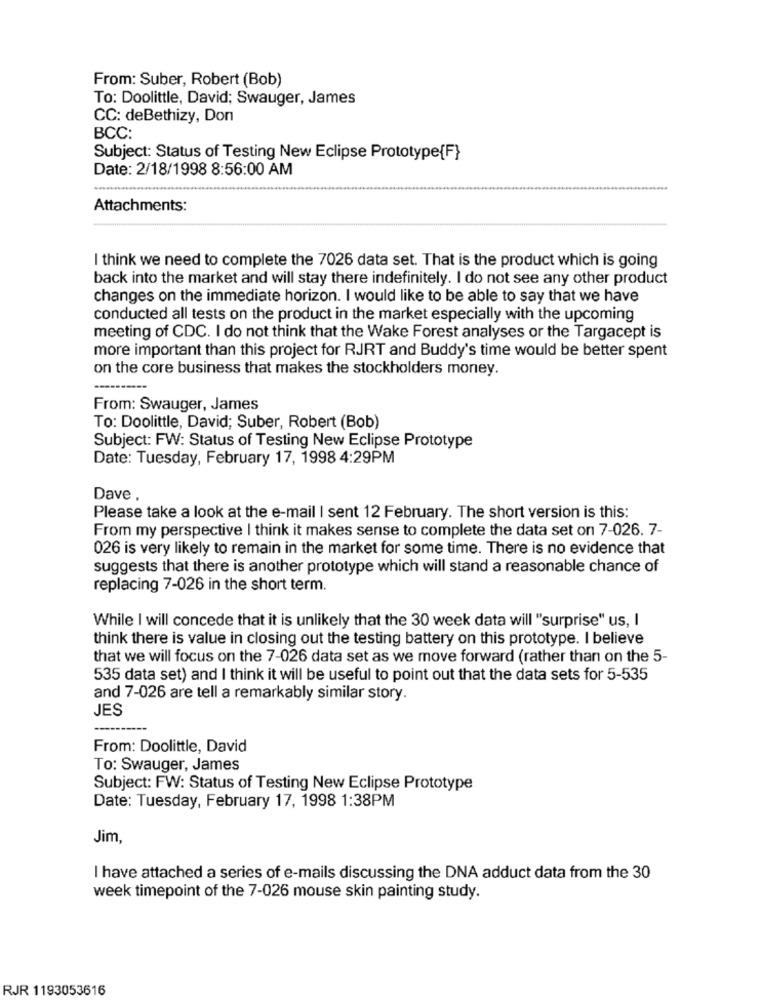
From: Suber, Robert (Bob)
To: Doolittle, David; Swauger, James
CC: deBethizy, Don
BCC:
Subject: Status of Testing New Eclipse Prototype{F}
Date: 2/18/1998 8:56:00 AM
Attachments:
I think we need to complete the 7026 data set. That is the product which is going
back into the market and will stay there indefinitely. I do not see any other product
changes on the immediate horizon. I would like to be able to say that we have
conducted all tests on the product in the market especially with the upcoming
meeting of CDC. I do not think that the Wake Forest analyses or the Targacept is
more important than this project for RJRT and Buddy's time would be better spent
on the core business that makes the stockholders money.
From: Swauger, James
To: Doolittle, David; Suber, Robert (Bob)
Subject: FW: Status of Testing New Eclipse Prototype
Date: Tuesday, February 17, 1998 4:29PM
Dave .
Please take a look at the e-mail I sent 12 February. The short version is this:
From my perspective I think it makes sense to complete the data set on 7-026. 7-
026 is very likely to remain in the market for some time. There is no evidence that
suggests that there is another prototype which will stand a reasonable chance of
replacing 7-026 in the short term.
While I will concede that it is unlikely that the 30 week data will "surprise" us, I
think there is value in closing out the testing battery on this prototype. I believe
that we will focus on the 7-026 data set as we move forward (rather than on the 5-
535 data set) and I think it will be useful to point out that the data sets for 5-535
and 7-026 are tell a remarkably similar story.
JES
-
----
From: Doolittle, David
To: Swauger, James
Subject: FW: Status of Testing New Eclipse Prototype
Date: Tuesday, February 17, 1998 1:38PM
Jim,
I have attached a series of e-mails discussing the DNA adduct data from the 30
week timepoint of the 7-026 mouse skin painting study.
RJR 1193053616